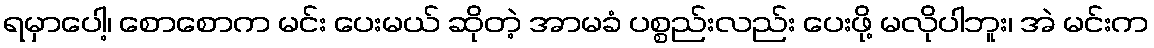
ရမှာပေါ့၊ စောစောက မင်း ပေးမယ် ဆိုတဲ့ အာမခံ ပစ္စည်းလည်း ပေးဖို့ မလိုပါဘူး၊ အဲ မင်းက